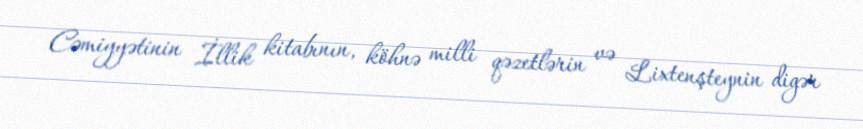
Cəmiyyətinin İllik kitabının, köhnə milli qəzetlərin və Lixtenşteynin digər